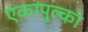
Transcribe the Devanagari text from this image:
एकापुल्को